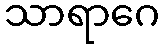
သာရာဂေ